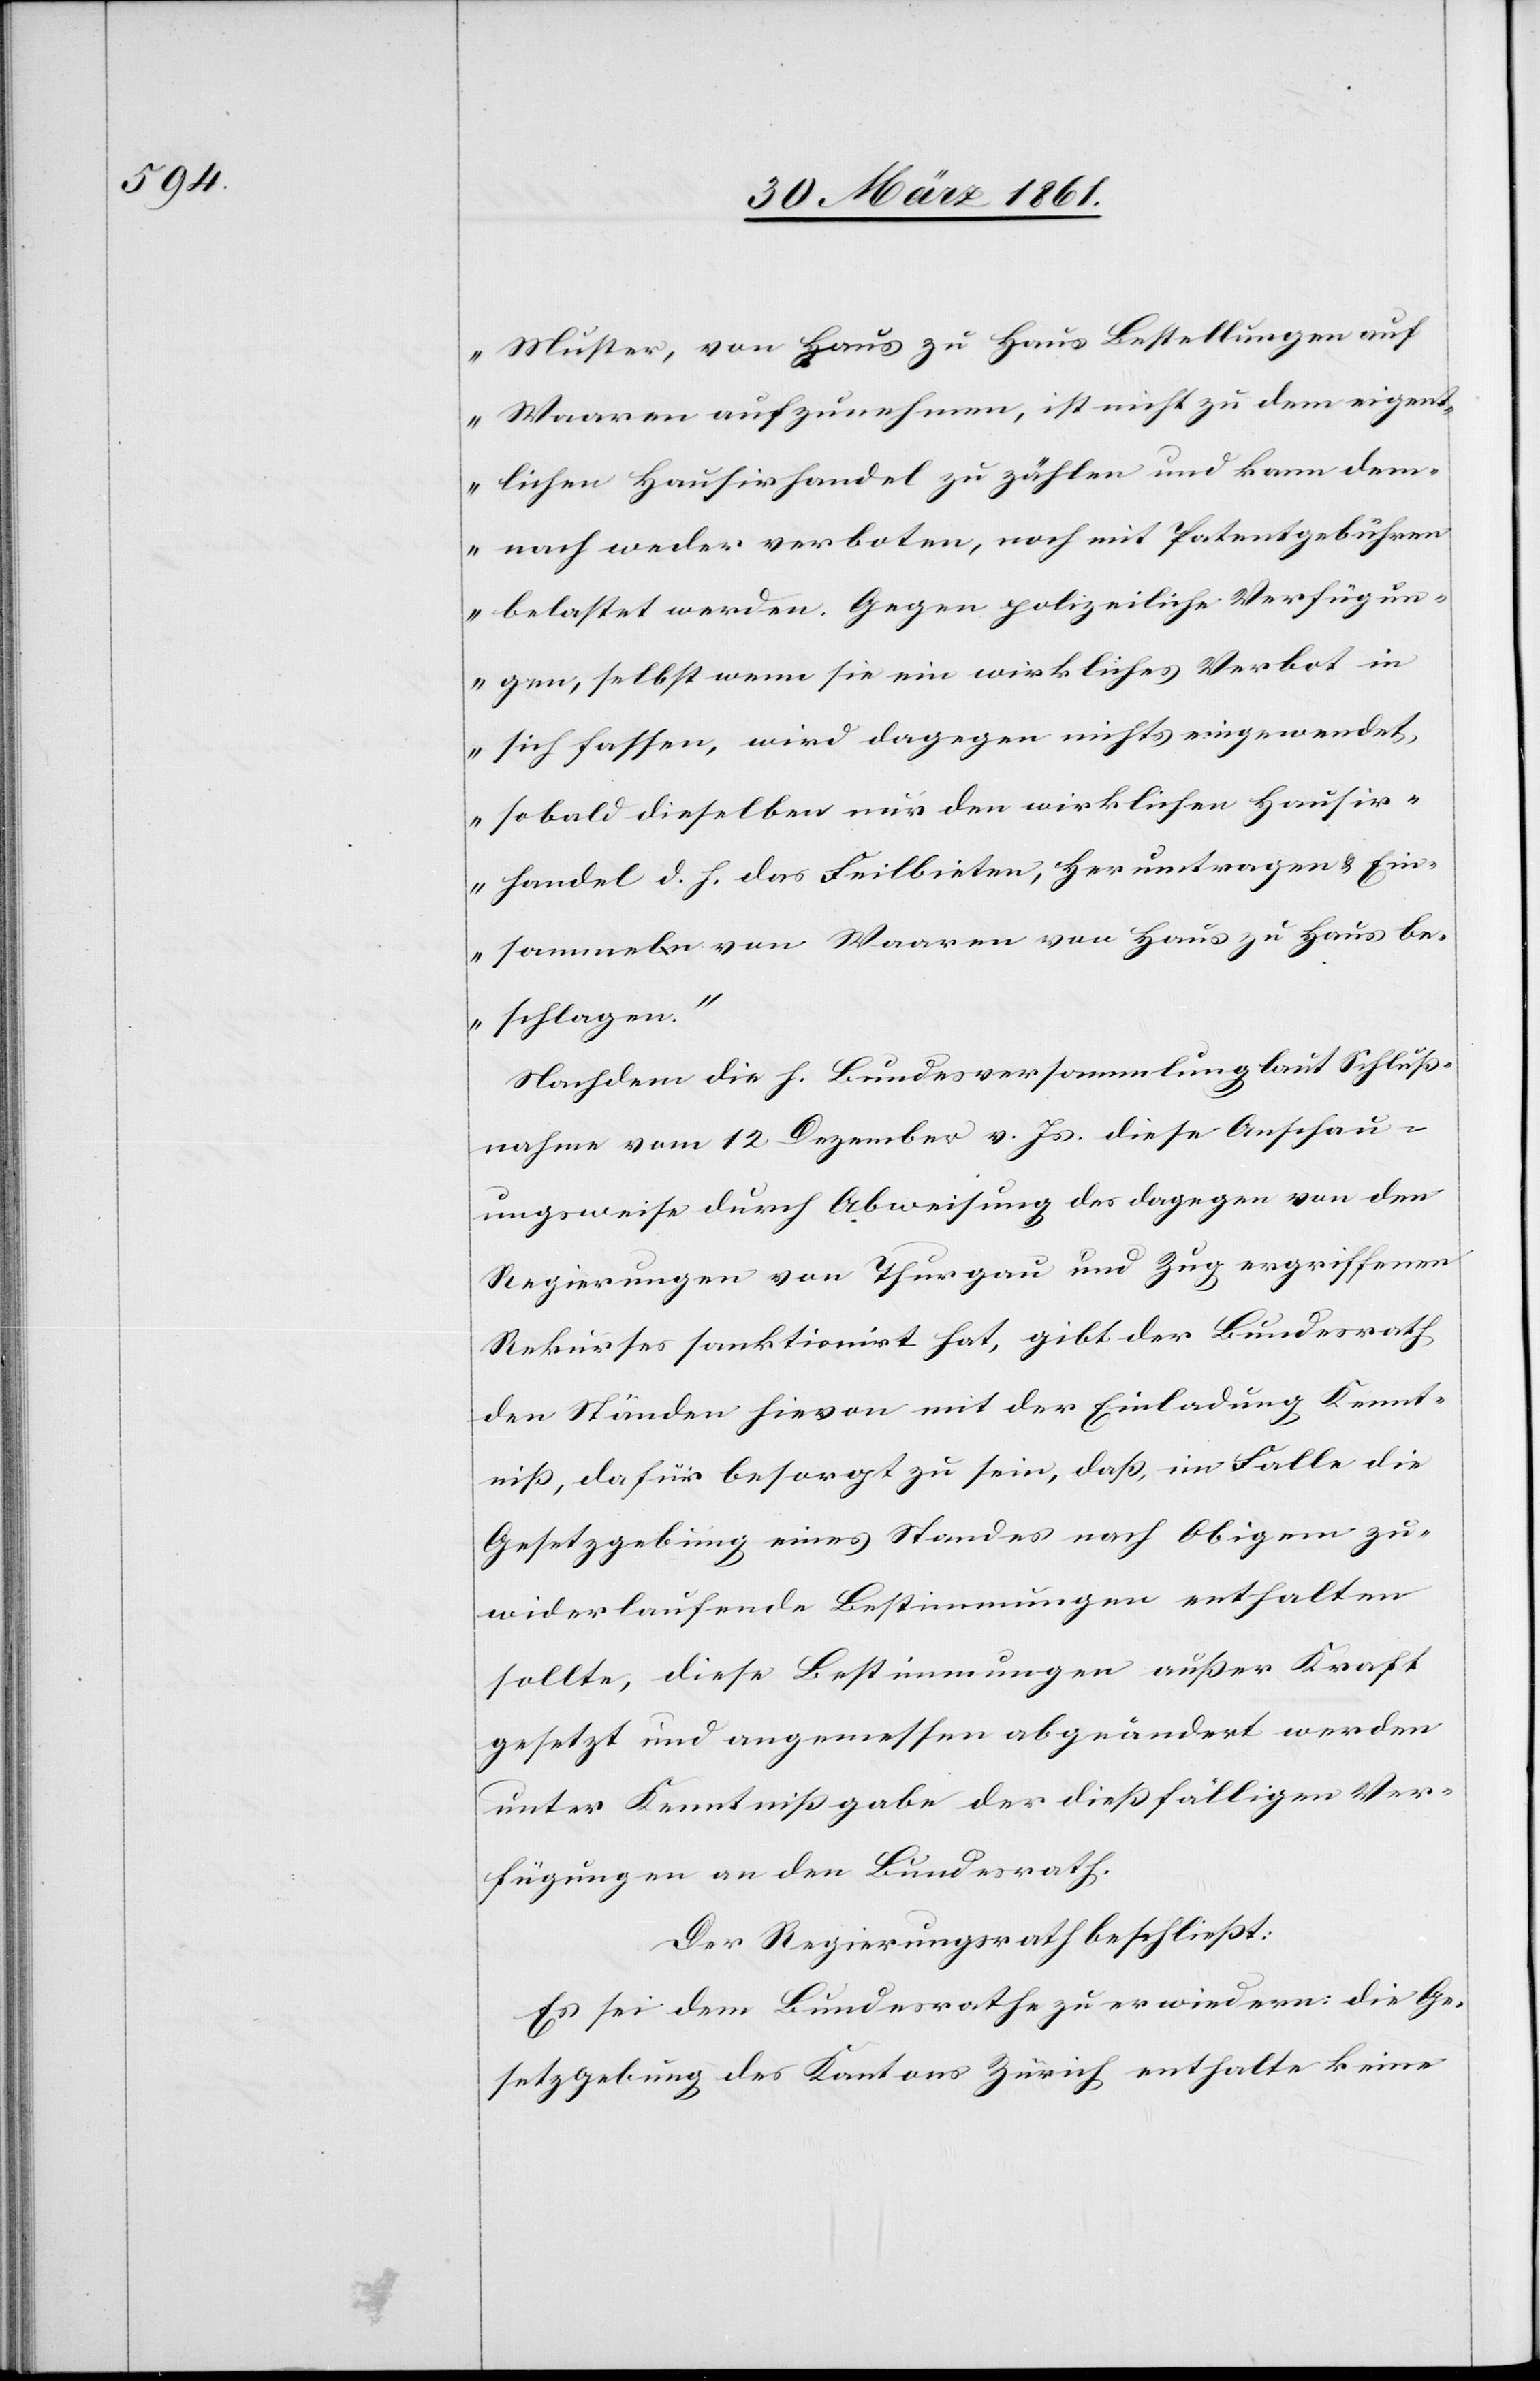
Muster, von Haus zu Haus Bestellungen auf
Waaren aufzunehmen, ist nicht zu dem eigent¬
lichen Hausirhandel zu zählen und kann dem¬
nach weder verboten, noch mit Patentgebühren
belastet werden. Gegen polizeiliche Verfügun¬
gen, selbst wenn sie ein wirkliches Verbot in
sich fassen, wird dagegen nichts eingewendet,
sobald dieselben nur den wirklichen Hausir¬
handel d. h. das Feilbieten, Herumtragen u. Ein¬
sammeln von Waaren von Haus zu Haus be¬
schlagen.“
Nachdem die h. Bundesversammlung laut Schluß¬
nahme vom 12. Dezember v. Js. diese Anschau¬
ungsweise durch Abweisung des dagegen von den
Regierungen von Thurgau und Zug ergriffenen
Rekurses sanktionirt hat, gibt der Bundesrath
den Ständen hievon mit der Einladung Kennt¬
niß, dafür besorgt zu sein, daß, im Falle die
Gesetzgebung eines Standes nach Obigem zu¬
widerlaufende Bestimmungen zuwiderlaufende
sollte, diese Bestimmungen außer Kraft
gesetzt und angemessen abgeändert werden
unter Kenntnißgabe der dießfälligen Ver¬
fügungen an den Bundesrath.
Der Regierungsrath beschließt:
Es sei dem Bundesrathe zu erwiedern: Die Ge¬
setzgebung des Kantons Zürich enthalte keine